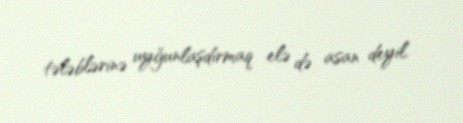
tələblərinə uyğunlaşdırmaq elə də asan deyil.